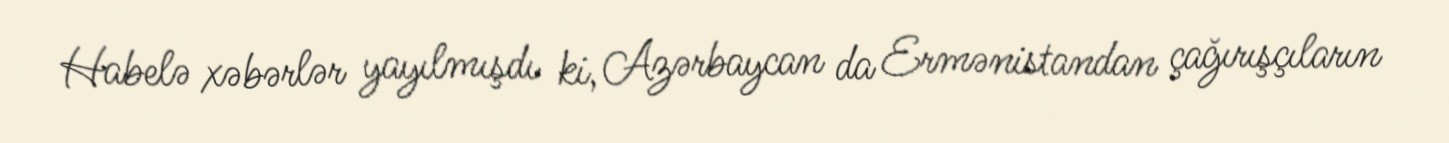
Habelə xəbərlər yayılmışdı ki, Azərbaycan da Ermənistandan çağırışçıların